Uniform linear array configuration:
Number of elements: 12
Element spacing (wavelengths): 0.75
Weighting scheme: cosine
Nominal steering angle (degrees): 45
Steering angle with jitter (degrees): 44.33
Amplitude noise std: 0.05
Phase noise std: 0.05

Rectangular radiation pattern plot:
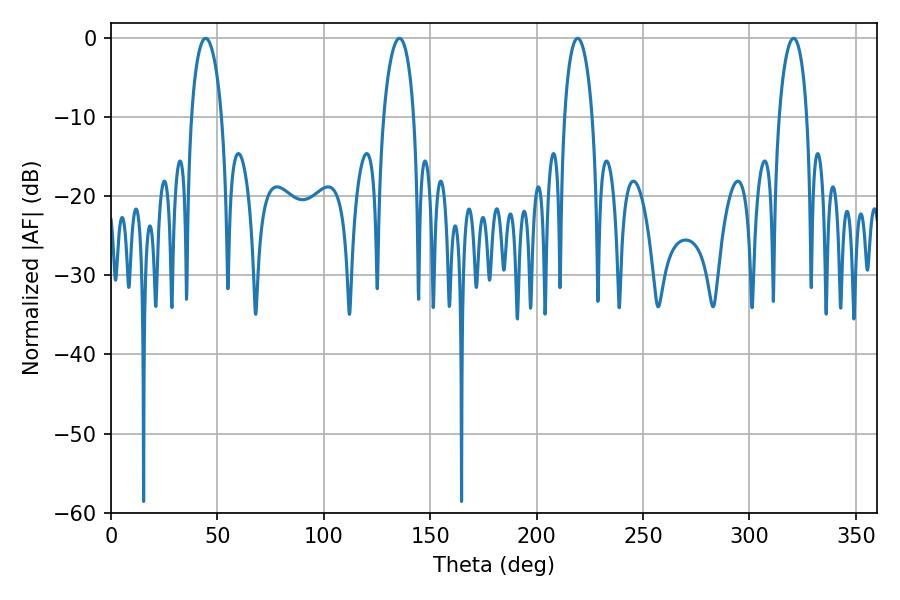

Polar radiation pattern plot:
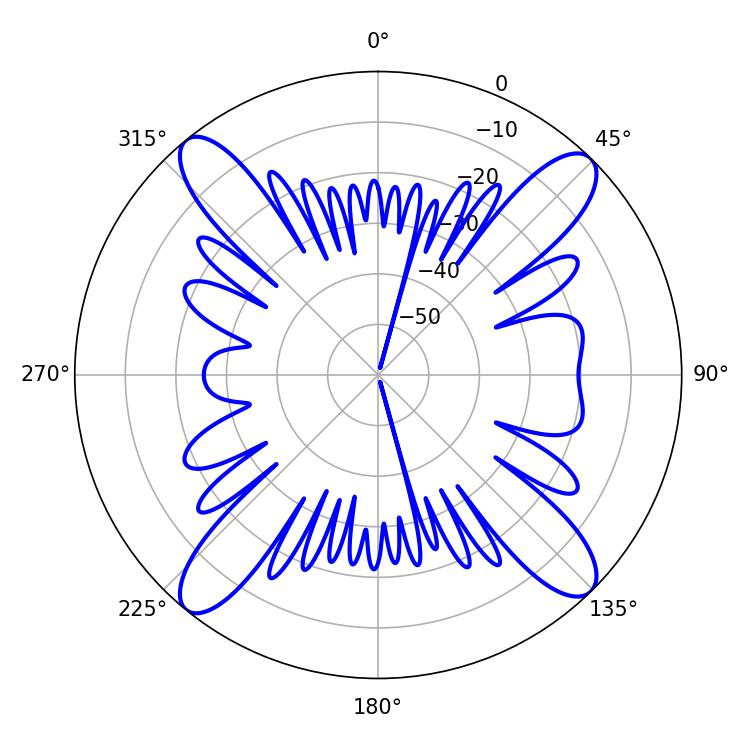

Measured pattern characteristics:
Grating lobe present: TRUE
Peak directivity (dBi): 16.966
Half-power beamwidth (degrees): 8.1
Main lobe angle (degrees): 44.46